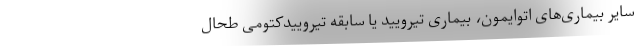
سایر بیماری‌های اتوایمون، بیماری تیرویید یا سابقه تیروییدکتومی طحال